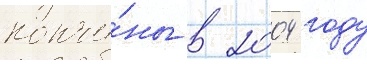
кончи́ны в 2004 году